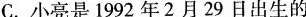
C.小亮是1992年2月29日出生的